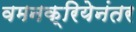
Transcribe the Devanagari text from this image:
वमनक्रियेनंतर